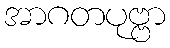
အာဂတပုဗ္ဗာ